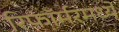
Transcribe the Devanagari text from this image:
रिफॉर्मरमध्ये